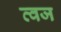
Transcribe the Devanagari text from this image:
व्वज